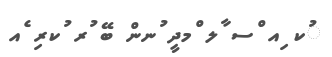
ުކ ިއ ްސ ާލ ްމދީ ުނން ބޭ ުރ ުކރި ެއ